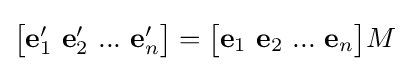
{\begin{bmatrix}\mathbf {e} _{1}^{\prime }\ \mathbf {e} _{2}^{\prime }\ ...\ \mathbf {e} _{n}^{\prime }\end{bmatrix}}={\begin{bmatrix}\mathbf {e} _{1}\ \mathbf {e} _{2}\ ...\ \mathbf {e} _{n}\end{bmatrix}}M